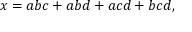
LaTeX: x = a b c + a b d + a c d + b c d ,